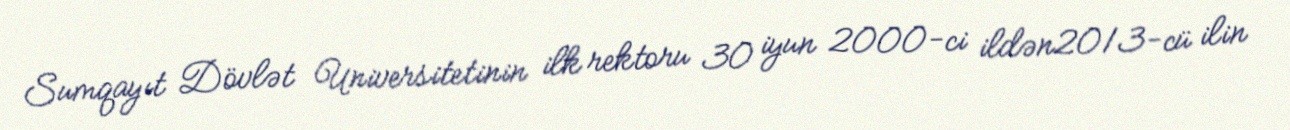
Sumqayıt Dövlət Universitetinin ilk rektoru 30 iyun 2000-ci ildən2013-cü ilin